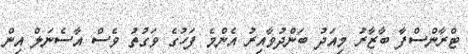
ޓްރާންސްފާ ބާޒާރު މިއަދު ބަންދުވާއިރު އެންމެ ފަހުގެ ވަގުތު ވެސް އާސެނަލް އިން